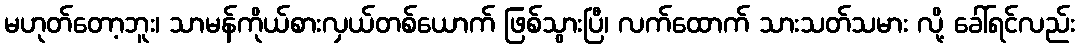
မဟုတ်တော့ဘူး၊ သာမန်ကိုယ်စားလှယ်တစ်ယောက် ဖြစ်သွားပြီ၊ လက်ထောက် သားသတ်သမား လို့ ခေါ်ရင်လည်း